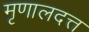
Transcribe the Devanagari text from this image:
मृणालदत्त